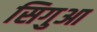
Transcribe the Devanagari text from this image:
सिगुआ